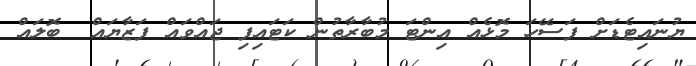
ޔުނައިޓެޑަށް ފަސޭހަ މޮޅެއް އިންޓަ މުބާރާތުން ކަޓައިފި ޖައްވައް ފަޒާޔައް  ބޮލައް